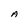
Character: A